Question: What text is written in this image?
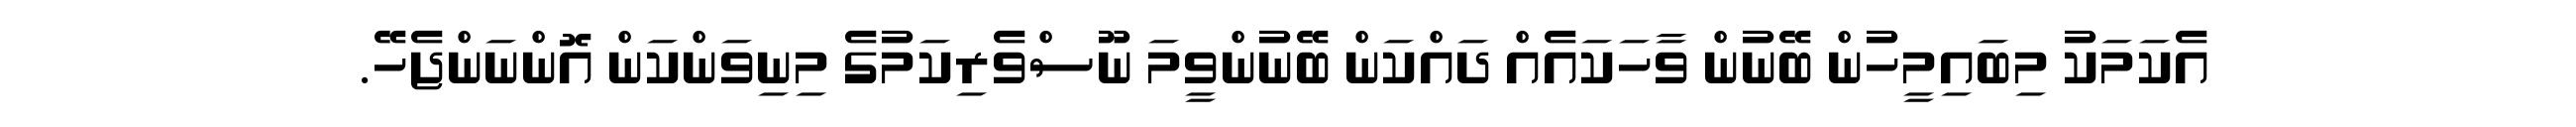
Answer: އެކަމަކު މިބައިމީހުން ބޭނުން ވާހަކައެއް ދައްކަން ބޭނުންވީމަ ނޫސްވެރިކަމުގެ މިނިވަންކަން އޮންނަންޖެހޭ.